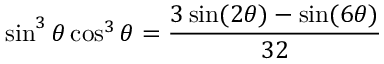
\sin ^ { 3 } \theta \cos ^ { 3 } \theta = { \frac { 3 \sin ( 2 \theta ) - \sin ( 6 \theta ) } { 3 2 } }